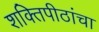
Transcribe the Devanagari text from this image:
शक्तिपीठांचा